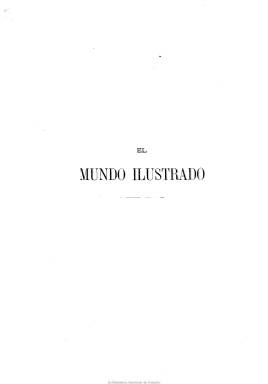
Título: El Mundo ilustrado (Barcelona)
Colección: Semanarios de amenidades
Ámbito geográfico: Barcelona
Lugar de publicación: Barcelona
Fechas: 01/01/1879-31/12/1883

Con el subtítulo “biblioteca de las familias: historia, viajes, ciencia, artes, literatura”, el barcelonés establecimiento editorial Espasa y Compañía inicia con este título una publicación coleccionable dirigida directamente a suscriptores, con un formato cómodo, en cuadernos de 32 páginas y paginación continuada hasta formar tomos de 24 números, que debió, por ello, tener una frecuencia de aparición quincenal, aunque la indicación del año de las entregas puede dar lugar a cierta confusión.

Destaca de esta revista, por un lado, la profusión de sus excelentes ilustraciones y el carácter de las mismas, directamente relacionadas con los textos que ofrece, con una media de unas dos docenas de ellas por cada entrega o cuaderno, algunas ocupando la plana completa, como es el caso de las portadas, pero también en el interior, e, incluso, a doble página y de forma desplegable, así como la inserción de láminas cromo-litografiadas.

Por otro lado, el mismo carácter de sus textos, también en forma de entregas, dando prioridad a los de autores europeos, especialmente franceses e italianos, pero también alemanes, que son traducidos por escritores y catedráticos españoles, algunos de estos de la Universidad de Barcelona. A lo que añade otros textos de creación literaria (narraciones, dramas y composiciones poéticas), en este caso, sobre todo, de autores españoles. Además de otros artículos y ensayos sobre ciencias naturales, tecnología o arte.

Como sus abundantes y excelentes grabados en blanco y negro están directamente referidos al contenido de los primeros textos citados, estos son, generalmente, paisajes, vistas de ciudades, lugares, edificios y otras construcciones monumentales y tipos pintorescos, de zoología, botánica o geología. Los primeros, de países extranjeros, como Italia, Venezuela, Japón, Marruecos, Egipto o Palestina, o de ciudades como Constantinopla, o las clásicas de Grecia y Roma. Además de reproducciones de obras pictóricas o dibujos de estas, y algunos mapas. Entre sus magníficos dibujantes destaca Eusebio Planas (1833-1897).

Sus textos traducidos son, principalmente, de contenido histórico, geográfico, antropológico, de arte o de viajes, además de cuentos o alguna novela. De tal forma que publica fragmentos de la obra Italia, de C. Stieler, traducida por Mariano Blanchi; Marruecos y Constantinopla, de Edmundo de Amicis, traducida por Cayetano Vidal de Valenciano; Palestina, según el Coronel Wilson y otros, traducida por Francesc Miquel y Badía (1840-1899); Egipto, de Jorge Ebers, traducida por Antonio Bergnes de las Casas; Grecia y Roma, de Jacobo de Falke, traducida por Francisco Barado; o cuentos de Charles Perrault, traducidos por José Coll y Vehí; así como Historia natural del hombre, de Juan Montserrat y Archs, en donde describe las razas de los cinco continentes, con un apartado dedicado a Siria y Mesopotamia; el artículo “El átomo”, por José Ortega y Munilla, o Madre mía, novela original de Antonio de Pádua.

Para sus poemas, que aparecen al final de cada cuaderno, cuenta con miembros de la Academia de la Lengua, como Antonio Arnao, Adelardo López Ayala, Manuel Cañete, Ramón de Campoamor, o José Selgas y Ventura Ruiz Aguilera. Otros autores extranjeros de los que publica textos son J. Rambosson, Ernesto Cadéze o Enrique M. Stanley, autor este de El continente misterioso, traducido por Mariano Blanch; y otras de sus firmas son las de Melchor de Palau, Juan Justo Uguet, Concepción Gimeno, Patrocinio Biedma o la de Francisco de Paula Rojas, que escribe sobre ciencia. Otros artículos versan sobre música e higiene o medicina domésticas.

Por sus contenidos y magníficas ilustraciones este proyecto editorial estuvo destinado a una burguesía ilustrada catalana que tuvo así acceso al conocimiento sobre otros países, a través de sus elementos históricos, antropológicos, artísticos o literarios. Espasa debió estar publicando este título hasta prácticamente sustituirlo por el de su segunda revista: La ilustración moderna (1892).

La colección de El mundo ilustrado en la Biblioteca Nacional de España comprende 96 cuadernos, que forman sus cuatro primeros tomos, y que indican los años 1879 a 1881. Pero al final de la colección digital se encuentran también 104 cuadernos, sin expresar la fecha, que forman los tomos quinto al octavo, a los que se le añade la indicación de primera serie y una duplicación de secuencia, al indicar también que corresponden a los tomos primero al cuatro, de la segunda serie, con un total de 1.016 páginas. En la última entrega de cada tomo incluye un índice al final.